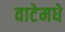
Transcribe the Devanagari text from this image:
वाटेमधे